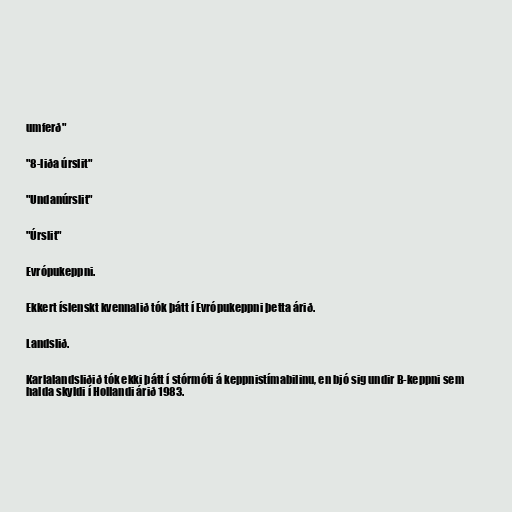
umferð"

"8-liða úrslit"

"Undanúrslit"

"Úrslit"

Evrópukeppni.

Ekkert íslenskt kvennalið tók þátt í Evrópukeppni þetta árið.

Landslið.

Karlalandsliðið tók ekki þátt í stórmóti á keppnistímabilinu, en bjó sig undir B-keppni sem
halda skyldi í Hollandi árið 1983.